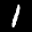
Label: 1